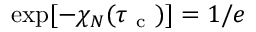
\exp [ - \chi _ { N } ( \tau _ { \mathrm { ~ c ~ } } ) ] = 1 / e